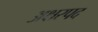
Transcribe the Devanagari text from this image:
अक्षरपद